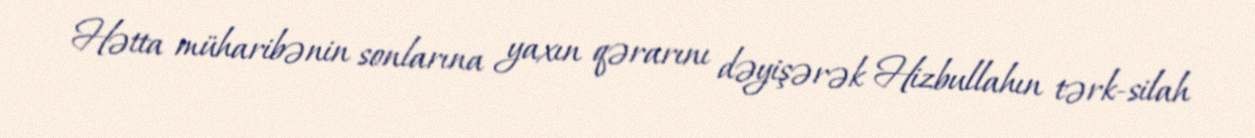
Hətta müharibənin sonlarına yaxın qərarını dəyişərək Hizbullahın tərk-silah